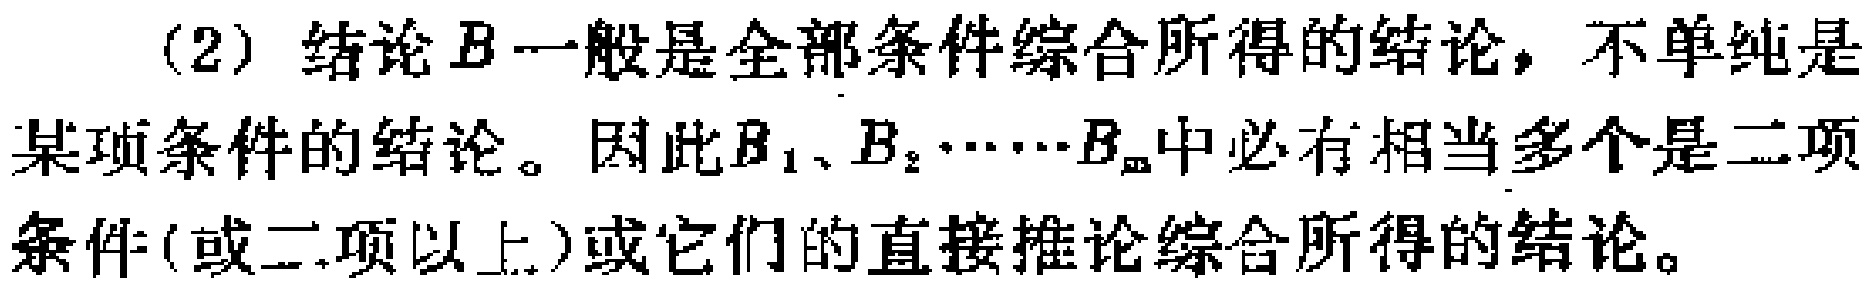
(2) 结论$B$一般是全部条件综合所得的结论，不单纯是某项条件的结论。因此$B_1、B_2\cdots\cdots B_m$中必有相当多个是二项条件(或二项以上)或它们的直接推论综合所得的结论。